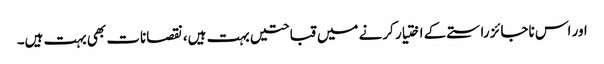
اور اس ناجائز راستے کے اختیار کرنے میں قباحتیں بہت ہیں، نقصانات بھی بہت ہیں۔